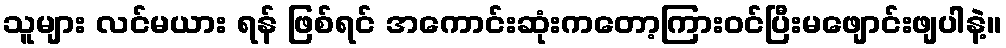
သူများ လင်မယား ရန် ဖြစ်ရင် အကောင်းဆုံးကတော့ကြားဝင်ပြီးမဖျောင်းဖျပါနဲ့။